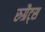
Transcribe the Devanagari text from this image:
रुग्रैट्स